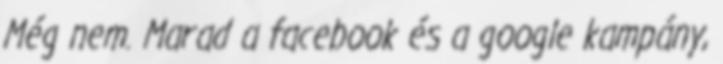
Még nem. Marad a facebook és a google kampány,